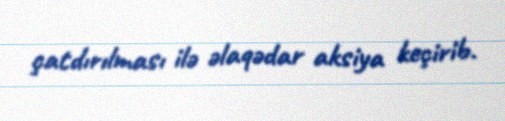
çatdırılması ilə əlaqədar aksiya keçirib.